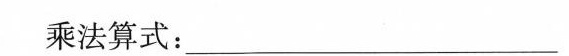
乘法算式：__